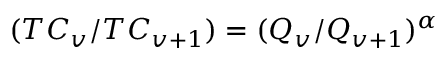
( T C _ { v } / T C _ { v + 1 } ) = ( Q _ { v } / Q _ { v + 1 } ) ^ { \alpha }